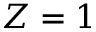
Z = 1